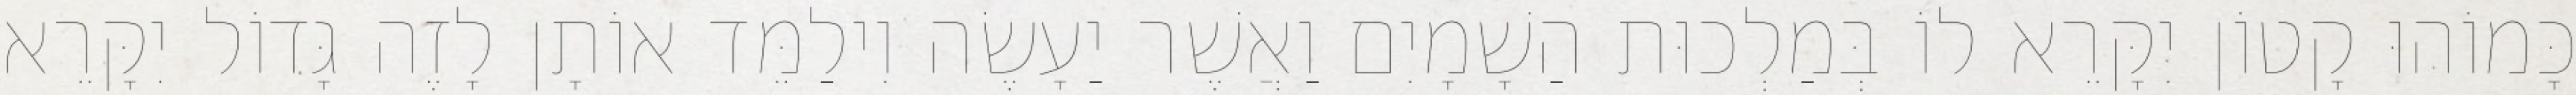
כָּמוֹהוּ קָטוֹן יִקָּרֵא לוֹ בְּמַלְכוּת הַשָׁמָיִם וַאֲשֶׁר יַעָשֶׂה וִילַמֵּד אוֹתָן לָזֶה גָּדוֹל יִקָּרֵא